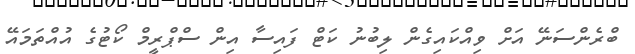
ބްރެންސަނޭ އަށް ވިއްކައިގެން ލިބުނު ކަޓް ފައިސާ އިން ސްޕްރީމް ކޯޓުގެ އުއްތަމައޭ